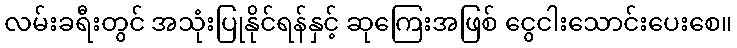
လမ်းခရီးတွင် အသုံးပြုနိုင်ရန်နှင့် ဆုကြေးအဖြစ် ငွေငါးသောင်းပေးစေ။